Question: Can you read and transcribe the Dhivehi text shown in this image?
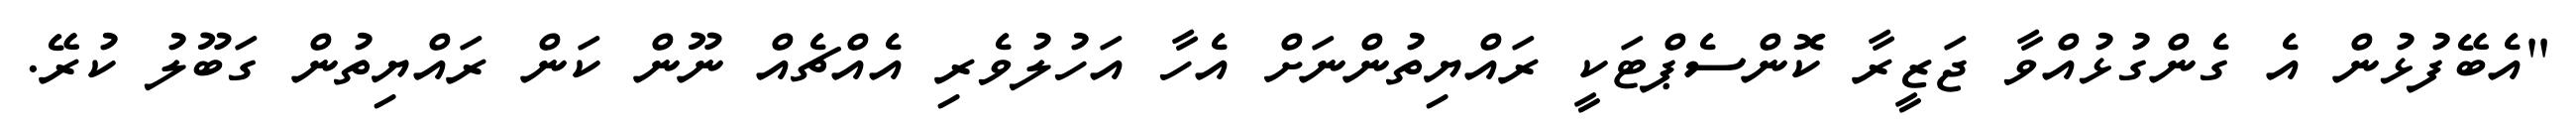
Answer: "އެބޭފުޅުން އެ ގެންގުޅުއްވާ ޖަޒީރާ ކޮންސެޕްޓަކީ ރައްޔިތުންނަށް އެހާ އަހުލުވެރި އެއްޗެއް ނޫން ކަން ރައްޔިތުން ގަބޫލު ކުރޭ.